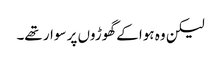
لیکن وہ ہوا کے گھوڑوں پر سوار تھے۔